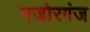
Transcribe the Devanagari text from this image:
मजोरगंज